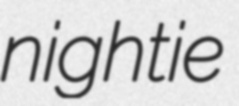
nightie